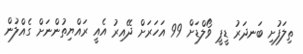
ތިލަފުށި ބަނދަރު ޑީޕީ ވޯލްޑަށް 99 އަހަރަށް ދޭއިރު އެއީ ރައްޔިތުންނަށް ގެއްލުން